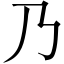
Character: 乃